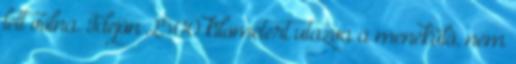
lett volna. Idejön 2500 kilométert utazva a menekülő, nem